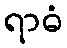
ရာဓံ